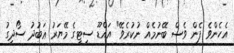
އެހެންވެ ފެން ވެސް ބޭނުމެއް ނުކުރެވޭ" އައްޑޫ ސިޓީގެ މޭޔަރު ޢަބުދު ސޯދިގު